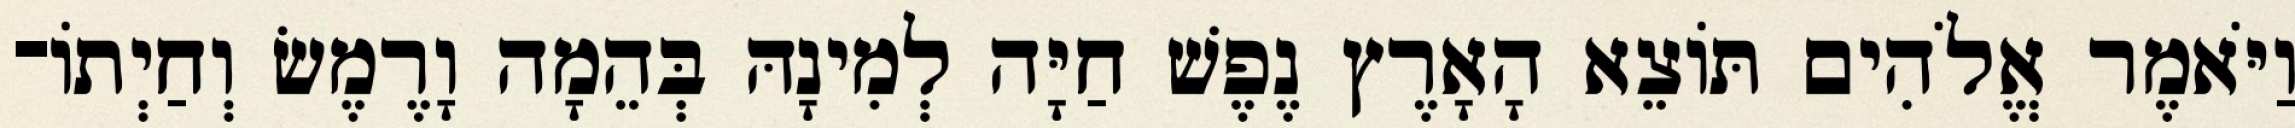
וַיֹּאמֶר אֱלֹהִים תֹּוצֵא הָאָרֶץ נֶפֶשׁ חַיָּה לְמִינָהּ בְּהֵמָה וָרֶמֶשׂ וְחַיְתֹו־